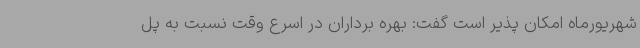
شهریورماه امکان پذیر است گفت: بهره برداران در اسرع وقت نسبت به پل